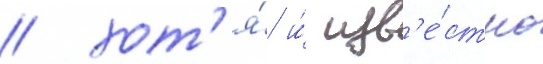
/ хот'я́ и́ изв'е́стно